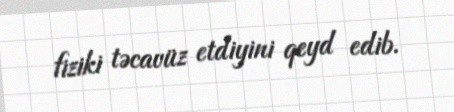
fiziki təcavüz etdiyini qeyd edib.